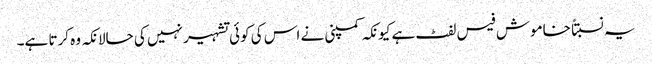
یہ نسبتاً خاموش فیس لفٹ ہے کیونکہ کمپنی نے اس کی کوئی تشہیر نہیں کی حالانکہ وہ کرتا ہے۔